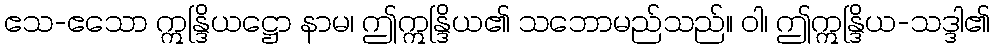
ဧသ-ဧသော ဣန္ဒြိယဋ္ဌော နာမ၊ ဤဣန္ဒြိယ၏ သဘောမည်သည်။ ဝါ၊ ဤဣန္ဒြိယ-သဒ္ဒါ၏